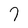
Character: 7